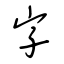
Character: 字